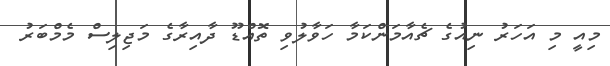
މިއީ މި އަހަރު ނިއުގެ ޗެއާމަންކަމާ ހަވާލުވި ތޮއްޑޫ ދާއިރާގެ މަޖިލިސް މެމްބަރު